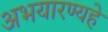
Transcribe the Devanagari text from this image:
अभयारण्यहे